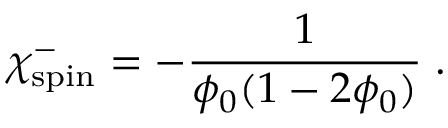
\chi _ { \mathrm { s p i n } } ^ { - } = - \frac { 1 } { \phi _ { 0 } ( 1 - 2 \phi _ { 0 } ) } \; .